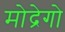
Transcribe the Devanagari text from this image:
मोद्रेगो